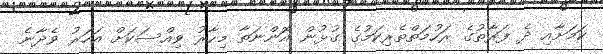
ކަމަށާއި ދެ ފަރާތުގެ ރަހުމަތްތެރިކަމުގެ ގުޅުން އޮންނަތާ މިހާރު ވިއްސަކަށް އަހަރު ވެދާނެ